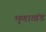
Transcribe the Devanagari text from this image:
मृणाखंड